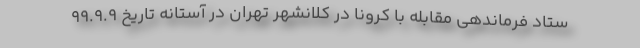
ستاد فرماندهی مقابله با کرونا در کلانشهر تهران در آستانه تاریخ 99.9.9